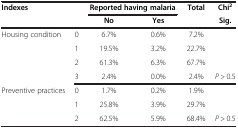
<table><thead><tr><td colspan="2"><b>Indexes</b></td><td colspan="2"><b>Reported having malaria</b></td><td><b>Total</b></td><td><b>Chi<sup>2</sup></b></td></tr><tr><td colspan="2"><b> </b></td><td><b>No</b></td><td><b>Yes</b></td><td><b> </b></td><td><b>Sig.</b></td></tr></thead><tbody><tr><td>Housing condition</td><td>0</td><td>6.7%</td><td>0.6%</td><td>7.2%</td><td> </td></tr><tr><td> </td><td>1</td><td>19.5%</td><td>3.2%</td><td>22.7%</td><td> </td></tr><tr><td> </td><td>2</td><td>61.3%</td><td>6.3%</td><td>67.7%</td><td> </td></tr><tr><td> </td><td>3</td><td>2.4%</td><td>0.0%</td><td>2.4%</td><td><i>P</i> &gt; 0.5</td></tr><tr><td>Preventive practices</td><td>0</td><td>1.7%</td><td>0.2%</td><td>1.9%</td><td> </td></tr><tr><td> </td><td>1</td><td>25.8%</td><td>3.9%</td><td>29.7%</td><td> </td></tr><tr><td> </td><td>2</td><td>62.5%</td><td>5.9%</td><td>68.4%</td><td><i>P</i> &gt; 0.5</td></tr></tbody></table>